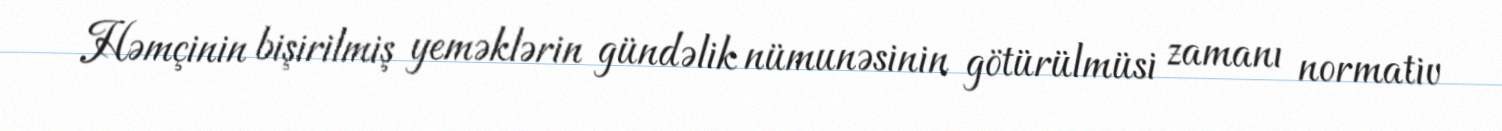
Həmçinin bişirilmiş yeməklərin gündəlik nümunəsinin götürülmüsi zamanı normativ